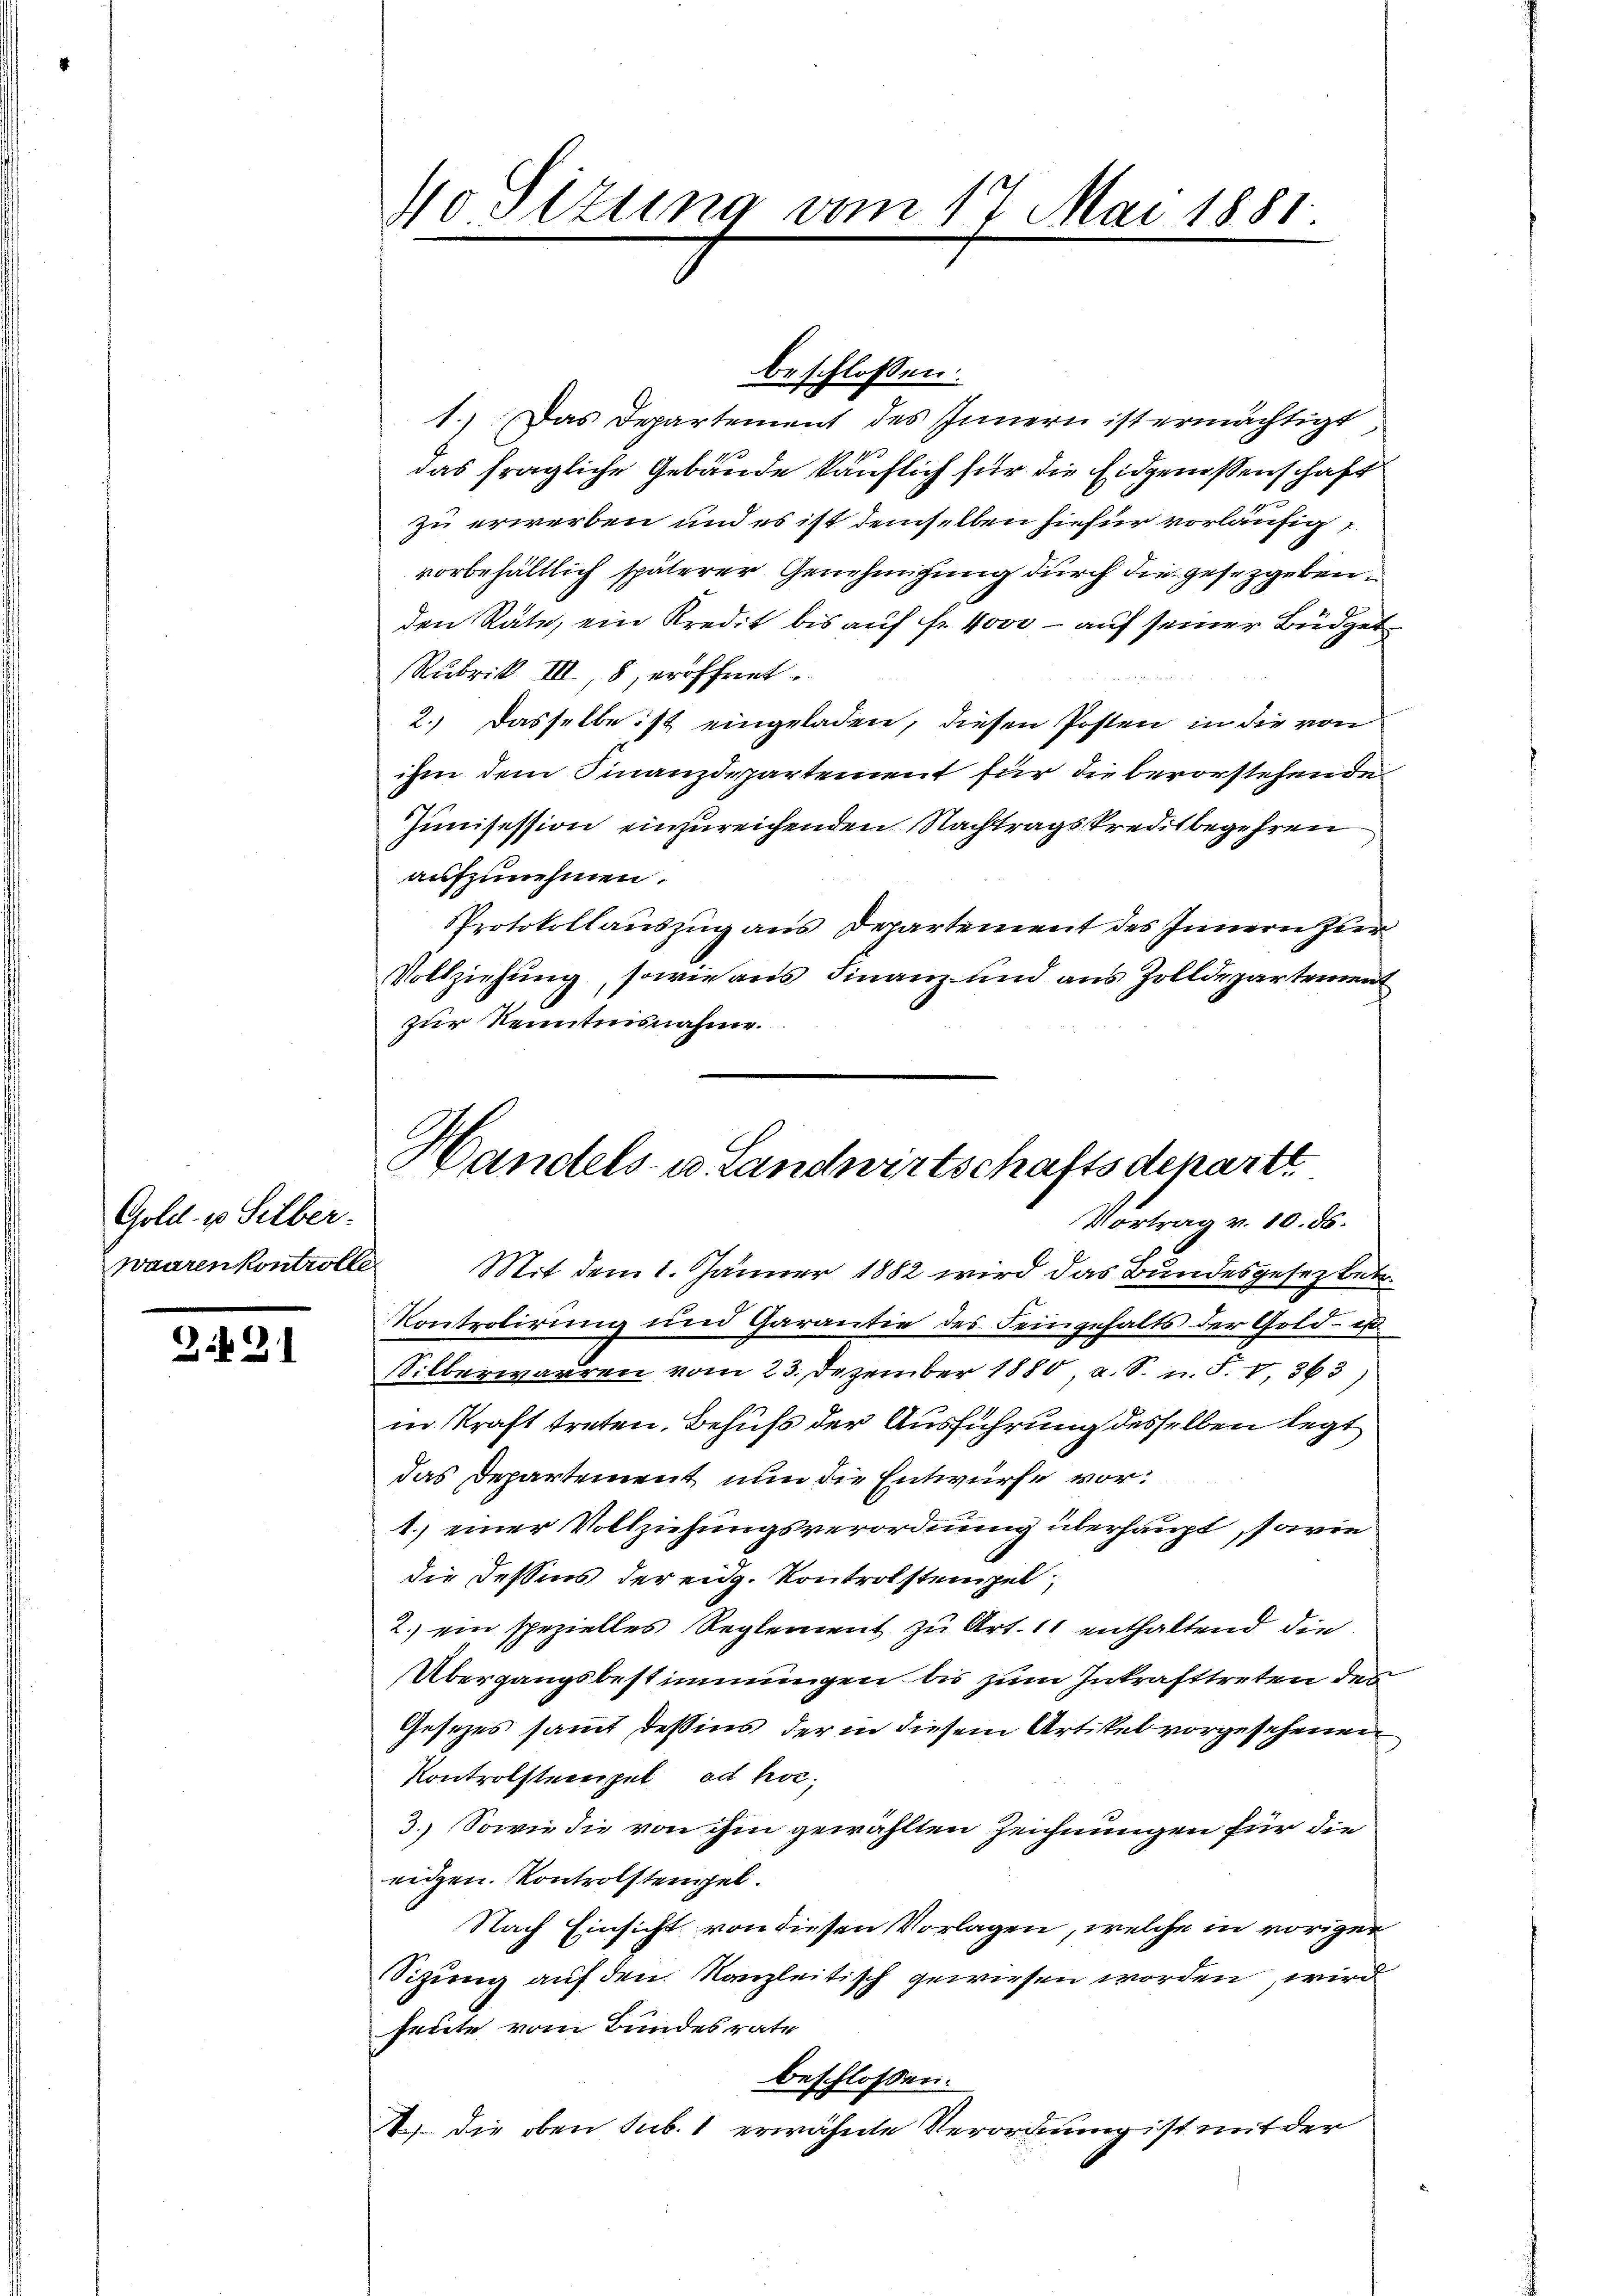
Gold- u Silber.
waarenkontrolle

2491

beschlossen:
1.) Das Departement des Innern ist ermächtigt
das fragliche Gebäude käuflich für die Eidgenossenschaft
zu erwerben und es ist demselben hiefür vorläufig
vorbehältlich späterer Genehmigung durch die gesetzgebenden Räte, ein Kredit bis auf fr. 4000 - auf seiner Büdget¬
Rubrik III, 8, eröffnet.
2.) Dasselbe ist eingeladen, diesen Posten in die von
ihm dem Finanzdepartement für die bevorstehende
Junisession einzureichenden Nachtragskreditbegehren
aufzunehmen.
Protokollauszug aus Departement des Innern zur
Vollziehung, sowie aus Finanz- und aus Zolldepartement
zur Kenntnisnahme.

No Sizung vom 17. Mai 1881.

Handels- u. Landwirtschaftsdepartt
Vortrag v. 10. ds.

Mit dem 1. Jänner 1882 wird das Bundesgesez betr.
Kontrolirung und Garantie des Feingehalts der Gold- ist
Silberwarren vom 23. Dezember 1880, a. S. n. F. V. 363)
in Kraft treten. Behufs der Ausführung desselben legt
das Departement nun die Entwurfe vor¬
1.) einer Vollziehungsverordnung überhaupt, sowie
die dessens der eidg. Kontrolstempel,
2.) ein spezielles Reglement zu Art. 11 enthaltend die
Übergangsbestimmungen bis zum Inkrafttreten des
Gesetzes sammt dessins, der in diesem Artikel vorgesehenen
Kontrolstempel ad hoc
3.) Sowie die von ihm gewählten Zeichnungen für die
eidgen. Kontrolstempel.
Nach Einsicht von diesen Vorlagen, welche in vorigen
Sitzung auf den Kanzleitisch gewiesen worden, wird
heute vom Bundesrate
beschlossen:
1.) Die oben sub. 1 erwähnte Verordnung ist mit der